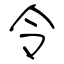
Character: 令